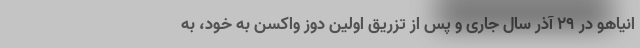
انیاهو در 29 آذر سال جاری و پس از تزریق اولین دوز واکسن به خود، به